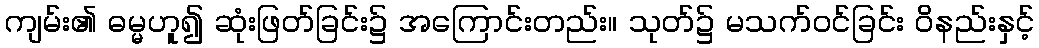
ကျမ်း၏ ဓမ္မဟူ၍ ဆုံးဖြတ်ခြင်း၌ အကြောင်းတည်း။ သုတ်၌ မသက်ဝင်ခြင်း ဝိနည်းနှင့်